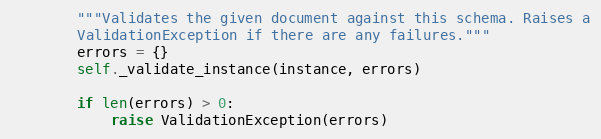
Language: Python
        """Validates the given document against this schema. Raises a
        ValidationException if there are any failures."""
        errors = {}
        self._validate_instance(instance, errors)

        if len(errors) > 0:
            raise ValidationException(errors)